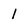
Character: 1